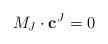
LaTeX: \begin{align*}M_J\cdot \mathbf{c}^J=0 \end{align*}